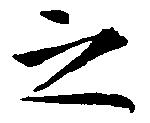
之